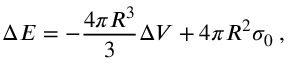
\Delta E = - \frac { 4 \pi R ^ { 3 } } { 3 } \Delta V + 4 \pi R ^ { 2 } \sigma _ { 0 } \: ,